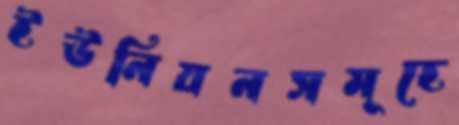
ইউনিয়নসমূহে